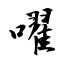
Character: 嚁